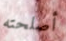
أصلحته